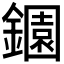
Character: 𬬎